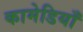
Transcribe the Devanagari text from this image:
कामेडियाँ